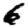
Digit: 6